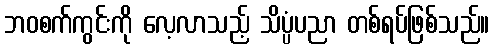
ဘဝစက်ကွင်းကို လေ့လာသည့် သိပ္ပံပညာ တစ်ရပ်ဖြစ်သည်။